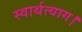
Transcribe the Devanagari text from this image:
स्वार्थत्याग।